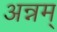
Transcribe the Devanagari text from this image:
अन्नम्